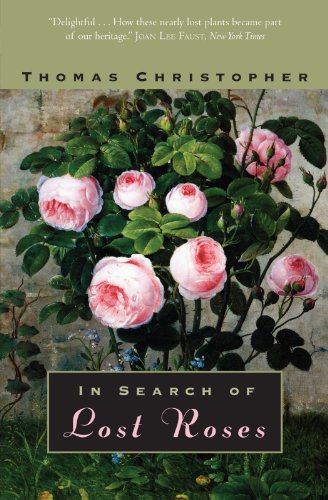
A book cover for In Search of Lost Roses; Thomas Christopher; Science & Math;